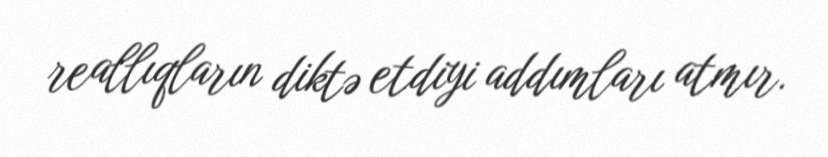
reallıqların diktə etdiyi addımları atmır.